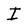
Character: I